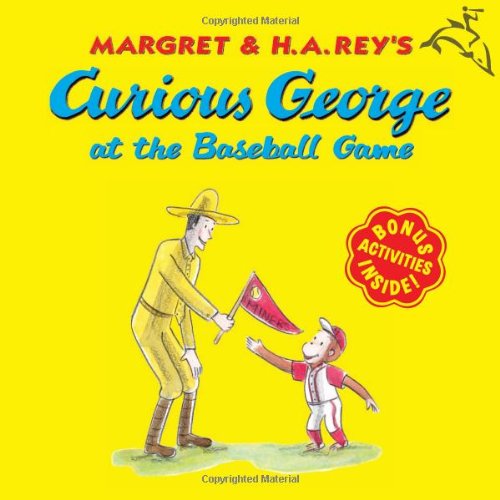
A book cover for Curious George at the Baseball Game; H. A. Rey; Children's Books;